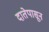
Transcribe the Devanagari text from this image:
दातेपासून